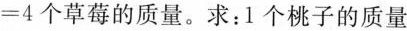
=4个草莓的质量。求：1个桃子的质量